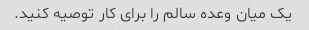
یک میان وعده سالم را برای کار توصیه کنید.